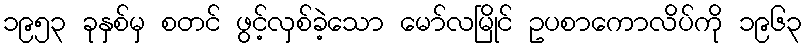
၁၉၅၃ ခုနှစ်မှ စတင် ဖွင့်လှစ်ခဲ့သော မော်လမြိုင် ဥပစာကောလိပ်ကို ၁၉၆၃